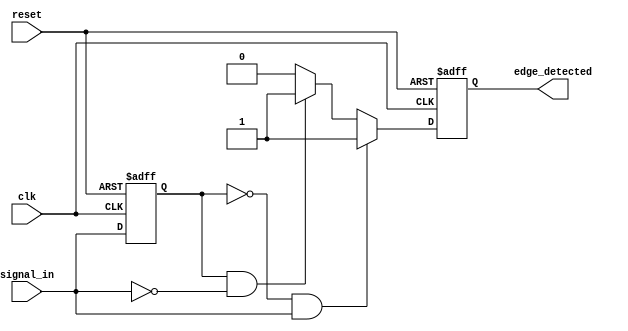
module dual_edge_detector (
    input wire clk,          // Clock signal
    input wire reset,        // Asynchronous reset signal
    input wire signal_in,    // Input signal to detect edges
    output reg edge_detected  // Output signal indicating edge detection
);

    // Memory element to store the previous state of the input signal
    reg signal_in_prev;

    // Edge detection logic
    always @(posedge clk or posedge reset) begin
        if (reset) begin
            // Reset the previous state and output
            signal_in_prev <= 1'b0;
            edge_detected <= 1'b0;
        end else begin
            // Detect edges
            if (signal_in_prev == 1'b0 && signal_in == 1'b1) begin
                // Rising edge detected
                edge_detected <= 1'b1;
            end else if (signal_in_prev == 1'b1 && signal_in == 1'b0) begin
                // Falling edge detected
                edge_detected <= 1'b1;
            end else begin
                // No edge detected
                edge_detected <= 1'b0;
            end
            
            // Update the previous state
            signal_in_prev <= signal_in;
        end
    end

endmodule